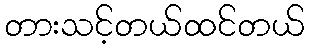
တားသင့်တယ်ထင်တယ်